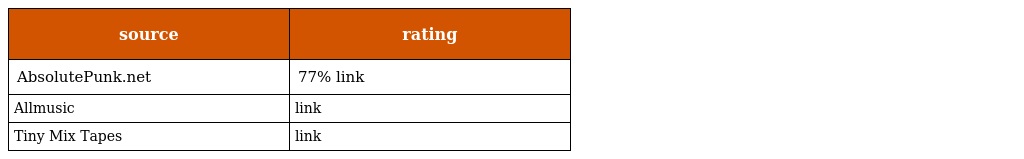
| source | rating |
 | --- | --- |
 | AbsolutePunk.net | 77% link |
 | Allmusic | link |
 | Tiny Mix Tapes | link |